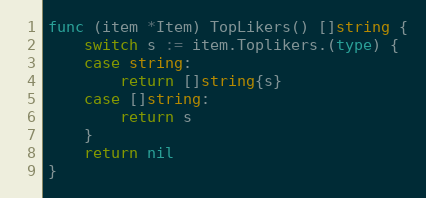
Language: Go
func (item *Item) TopLikers() []string {
	switch s := item.Toplikers.(type) {
	case string:
		return []string{s}
	case []string:
		return s
	}
	return nil
}